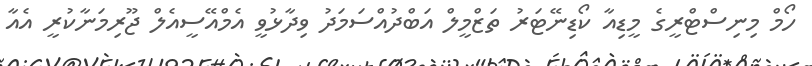
ހޯމް މިނިސްޓްރީގެ މީޑިއާ ކޯޑިނޭޓަރު ތަޒްމީލް އަބްދުއްސަމަދު ވިދާޅުވީ އެމްއޭސީއެލް ޖޫރިމަނާކުރީ އެއާ